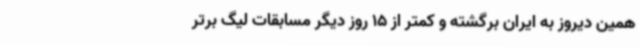
همین دیروز به ایران برگشته و کمتر از 15 روز دیگر مسابقات لیگ برتر